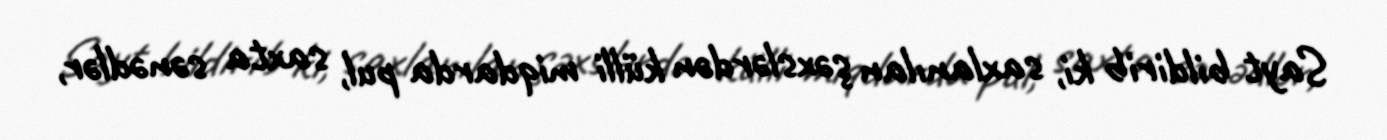
Sayt bildirib ki, saxlanılan şəxslərdən külli miqdarda pul, saxta sənədlər,